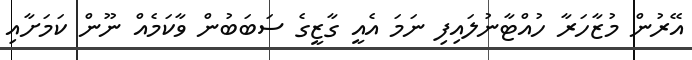
އޭރުން މުޒާހަރާ ހުއްޓާނުލައިފި ނަމަ އެއީ ގާޒީގެ ސަބަބުން ވާކަމެއް ނޫން ކަމަށާއި